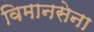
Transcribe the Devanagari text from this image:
विमानसेना